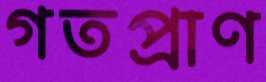
গতপ্রাণ